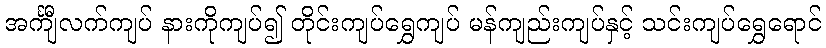
အင်္ကျီလက်ကျပ် နားကိုကျပ်၍ တိုင်းကျပ်ရွှေကျပ် မန်ကျည်းကျပ်နှင့် သင်းကျပ်ရွှေရောင်